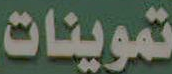
تموينات